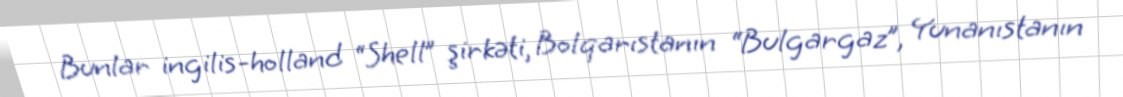
Bunlar ingilis-holland “Shell” şirkəti, Bolqarıstanın “Bulgargaz”, Yunanıstanın